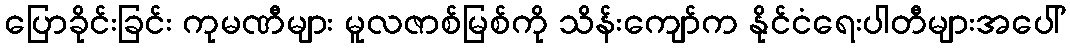
ပြောခိုင်းခြင်း ကုမဏီများ မူလဇာစ်မြစ်ကို သိန်းကျော်က နိုင်ငံရေးပါတီများအပေါ်